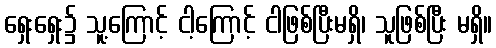
ရှေးရှေး၌ သူ့ကြောင့် ငါ့ကြောင့် ငါဖြစ်ပြီးမရှိ၊ သူဖြစ်ပြီး မရှိ။